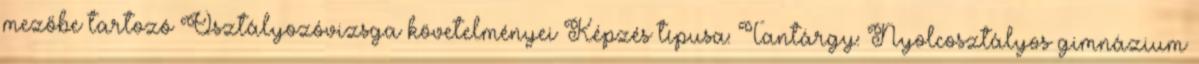
mezőbe tartozó Osztályozóvizsga követelményei Képzés típusa: Tantárgy: Nyolcosztályos gimnázium